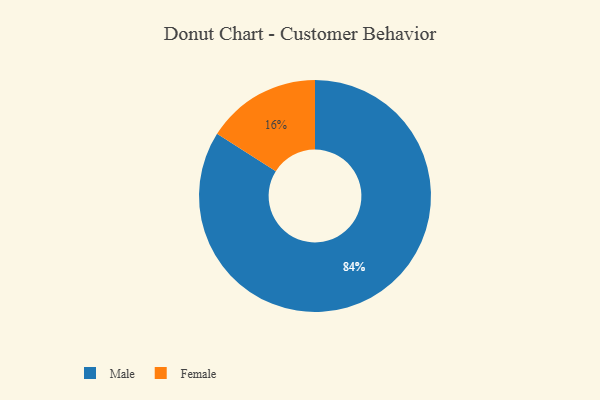
{"axis": {"x": "Category", "y": "Percentage"}, "legend": ["Female", "Male"], "data": [{"x": "Male", "y": 84, "type": "Male"}, {"x": "Female", "y": 16, "type": "Female"}]}